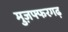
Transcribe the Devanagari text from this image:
मुज़फ्फरगढ़